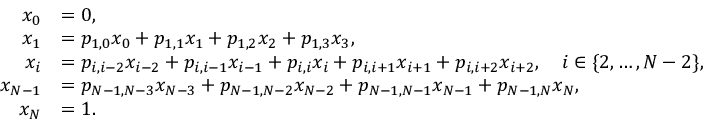
\begin{array} { r l } { x _ { 0 } } & { = 0 , } \\ { x _ { 1 } } & { = p _ { 1 , 0 } x _ { 0 } + p _ { 1 , 1 } x _ { 1 } + p _ { 1 , 2 } x _ { 2 } + p _ { 1 , 3 } x _ { 3 } , } \\ { x _ { i } } & { = p _ { i , i - 2 } x _ { i - 2 } + p _ { i , i - 1 } x _ { i - 1 } + p _ { i , i } x _ { i } + p _ { i , i + 1 } x _ { i + 1 } + p _ { i , i + 2 } x _ { i + 2 } , \quad i \in \{ 2 , \ldots , N - 2 \} , } \\ { x _ { N - 1 } } & { = p _ { N - 1 , N - 3 } x _ { N - 3 } + p _ { N - 1 , N - 2 } x _ { N - 2 } + p _ { N - 1 , N - 1 } x _ { N - 1 } + p _ { N - 1 , N } x _ { N } , } \\ { x _ { N } } & { = 1 . } \end{array}